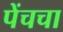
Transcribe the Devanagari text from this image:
पेंचचा